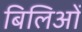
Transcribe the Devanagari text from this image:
बिलिओं